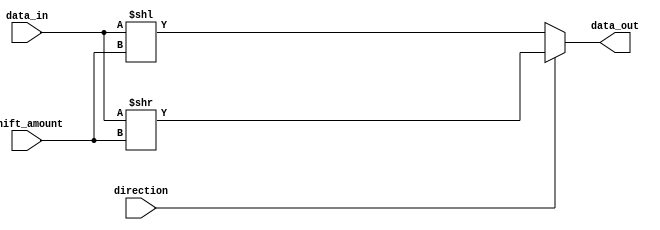
module barrel_shifter (
  input wire [31:0] data_in,
  input wire [4:0] shift_amount,
  input wire direction, // 0 for left shift, 1 for right shift
  output wire [31:0] data_out
);

// Internal wires
wire [31:0] shifted_data;

// Arithmetic blocks for shift operations
assign shifted_data = (direction) ? data_in >> shift_amount : data_in << shift_amount;

// Output data
assign data_out = shifted_data;

endmodule